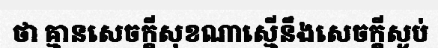
ថា គ្មានសេចក្តីសុខណាស្មើនឹងសេចក្តីស្ងប់